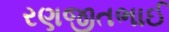
રણજીતભાઈ